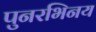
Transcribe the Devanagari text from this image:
पुनरभिनय